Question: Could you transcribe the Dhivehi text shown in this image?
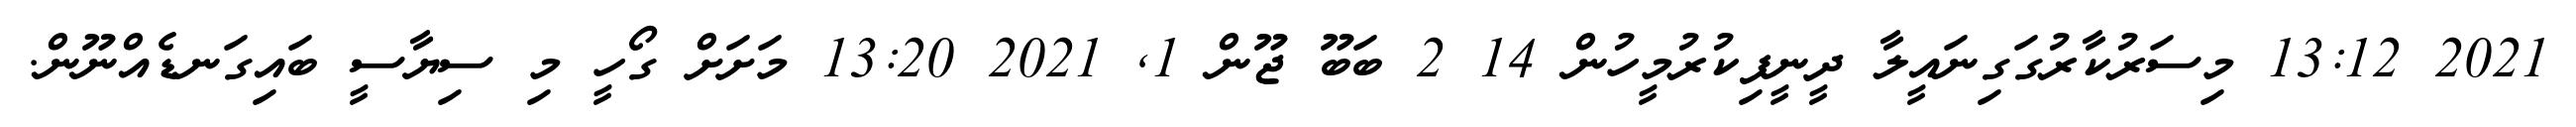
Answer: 2021 13:12 މިސަރުކާރުގަގިނައީލާ ދީނީފިކުރުމީހުން 14 2 ބަބޫ ޖޫން 1, 2021 13:20 މަށަށް ގޯހީ މި ސިޔާސީ ބައިގަނޑެއްނޫން.